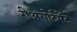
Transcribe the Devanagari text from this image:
रीअसोर्टमेंट